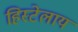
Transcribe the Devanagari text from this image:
हिस्टेलाय